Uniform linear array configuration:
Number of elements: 48
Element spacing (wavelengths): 1
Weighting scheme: uniform
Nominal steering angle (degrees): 45
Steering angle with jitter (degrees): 43.906
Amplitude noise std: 0.05
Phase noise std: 0.05

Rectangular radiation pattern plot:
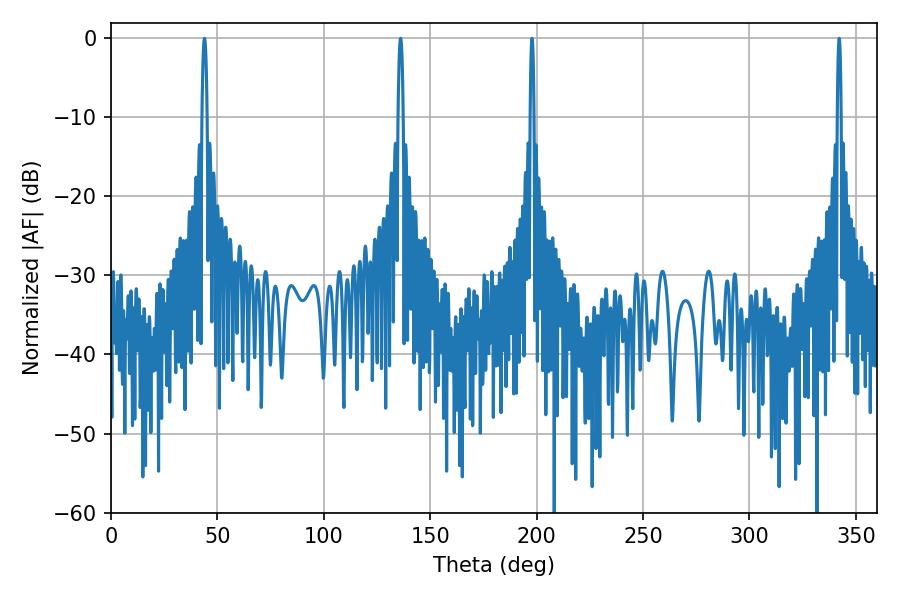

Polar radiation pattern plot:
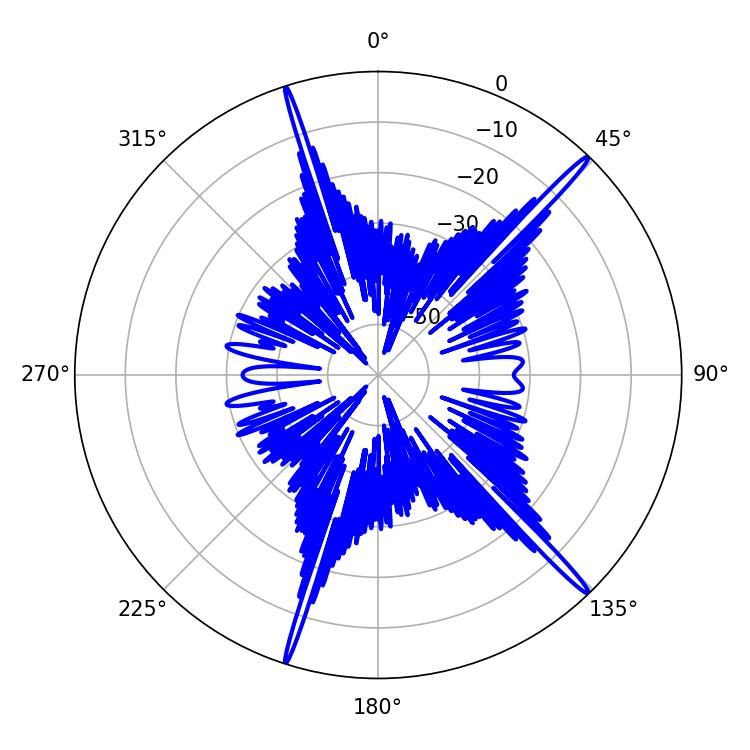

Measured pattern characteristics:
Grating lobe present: TRUE
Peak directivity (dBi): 18.756
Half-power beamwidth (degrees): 1.44
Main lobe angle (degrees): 136.08